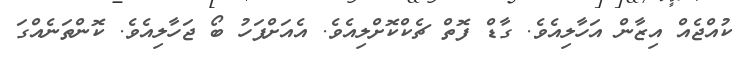
ކުއްޖެއް އިޒާން އަހާލިއެވެ. ގާޑް ފޮތް ޗެކްކޮށްލިއެވެ. އެއަށްފަހު ބޯ ޖަހާލިއެވެ. ކޮންތަނެއްގަ